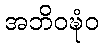
အဘိဝဍ္ဎံဝ